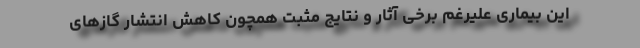
این بیماری علیرغم برخی آثار و نتایج مثبت همچون کاهش انتشار گازهای